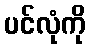
ပင်လုံကို